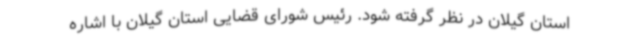
استان گیلان در نظر گرفته شود. رئیس شورای قضایی استان گیلان با اشاره